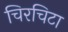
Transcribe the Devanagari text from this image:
चिरचिटा